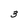
Character: 3